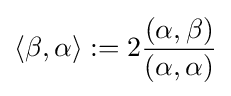
\langle \beta ,\alpha \rangle :=2{\frac {(\alpha ,\beta )}{(\alpha ,\alpha )}}